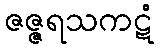
ဇဇ္ဇရသကဋံ